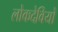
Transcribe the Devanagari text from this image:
लोकदेवियों